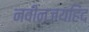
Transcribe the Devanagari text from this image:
नवीनजयहिंद